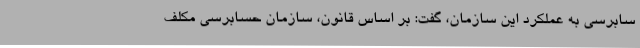
سابرسی به عملکرد این سازمان، گفت: بر اساس قانون، سازمان حسابرسی مکلف